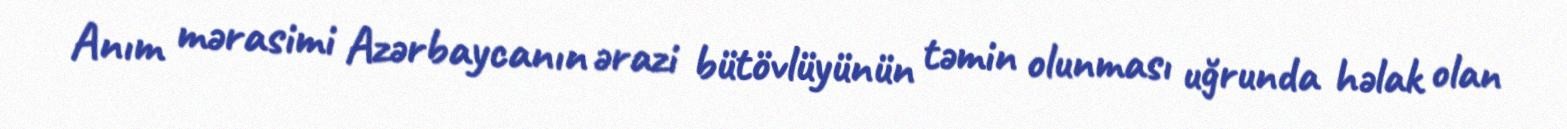
Anım mərasimi Azərbaycanın ərazi bütövlüyünün təmin olunması uğrunda həlak olan